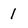
Character: 1